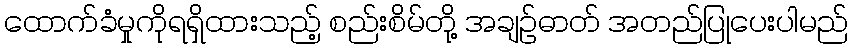
ထောက်ခံမှုကိုရရှိထားသည့် စည်းစိမ်တို့ အချဉ်ဓာတ် အတည်ပြုပေးပါမည်